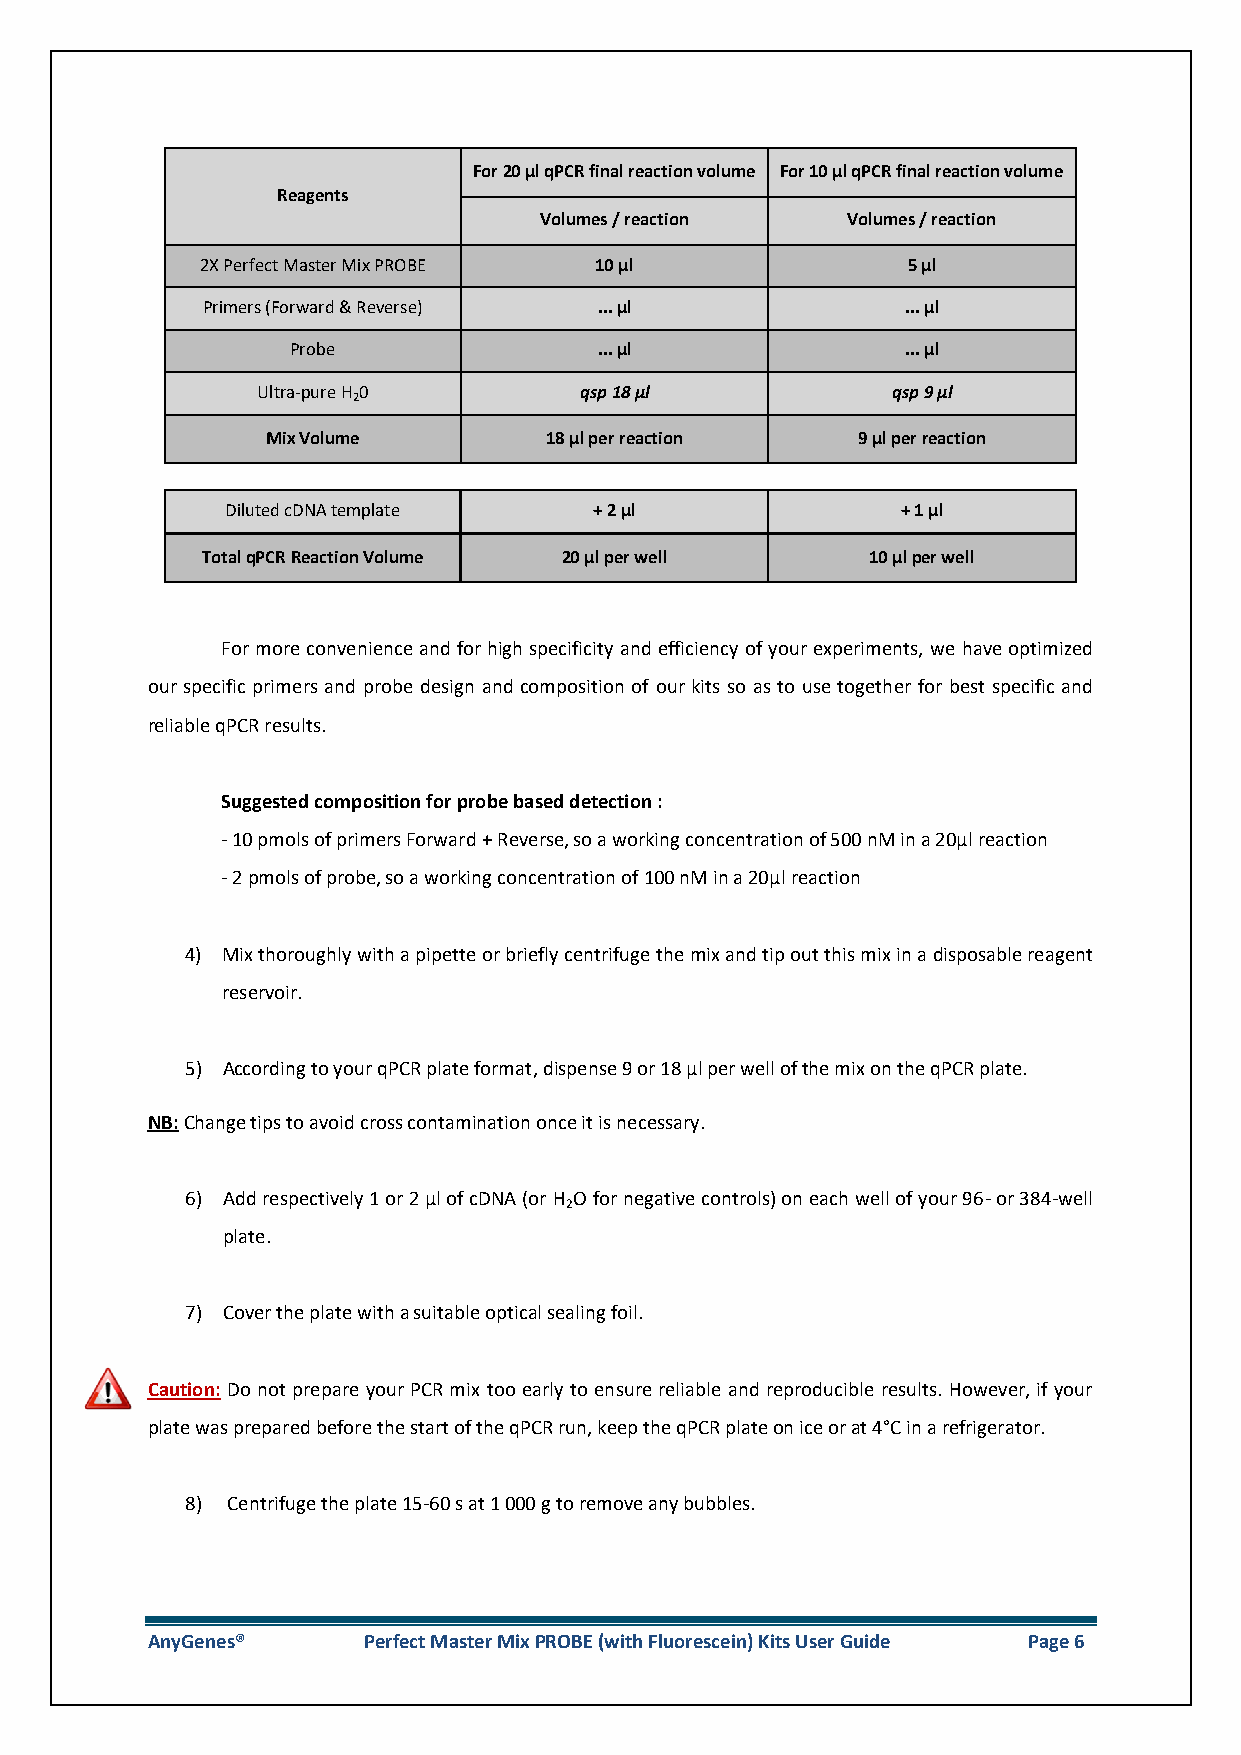
For 20 µl qPCR final reaction volume For 10 µl qPCR final reaction volume
 Reagents
 Volumes / reaction  Volumes / reaction
 2X Perfect Master Mix PROBE 10 µl              5 µl
 Primers (Forward & Reverse) ... µl             ... µl
 Probe                ... µl              ... µl
 Ultra-pure H 0       qsp 18 µl            qsp 9 µl
 2
 Mix Volume        18 µl per reaction   9 µl per reaction
 Diluted cDNA template   + 2 µl               + 1 µl
 Total qPCR Reaction Volume 20 µl per well   10 µl per well
 For more convenience and for high specificity and efficiency of your experiments, we have optimized
 our specific primers and probe design and composition of our kits so as to use together for best specific and
 reliable qPCR results.
 Suggested composition for probe based detection :
 - 10 pmols of primers Forward + Reverse, so a working concentration of 500 nM in a 20µl reaction
 - 2 pmols of probe, so a working concentration of 100 nM in a 20µl reaction
 4) Mix thoroughly with a pipette or briefly centrifuge the mix and tip out this mix in a disposable reagent
 reservoir.
 5) According to your qPCR plate format, dispense 9 or 18 µl per well of the mix on the qPCR plate.
 NB: Change tips to avoid cross contamination once it is necessary.
 6) Add respectively 1 or 2 µl of cDNA (or H O for negative controls) on each well of your 96- or 384-well
 2
 plate.
 7) Cover the plate with a suitable optical sealing foil.
 Caution: Do not prepare your PCR mix too early to ensure reliable and reproducible results. However, if your
 plate was prepared before the start of the qPCR run, keep the qPCR plate on ice or at 4°C in a refrigerator.
 8) Centrifuge the plate 15-60 s at 1 000 g to remove any bubbles.
 AnyGenes®     Perfect Master Mix PROBE (with Fluorescein) Kits User Guide Page 6